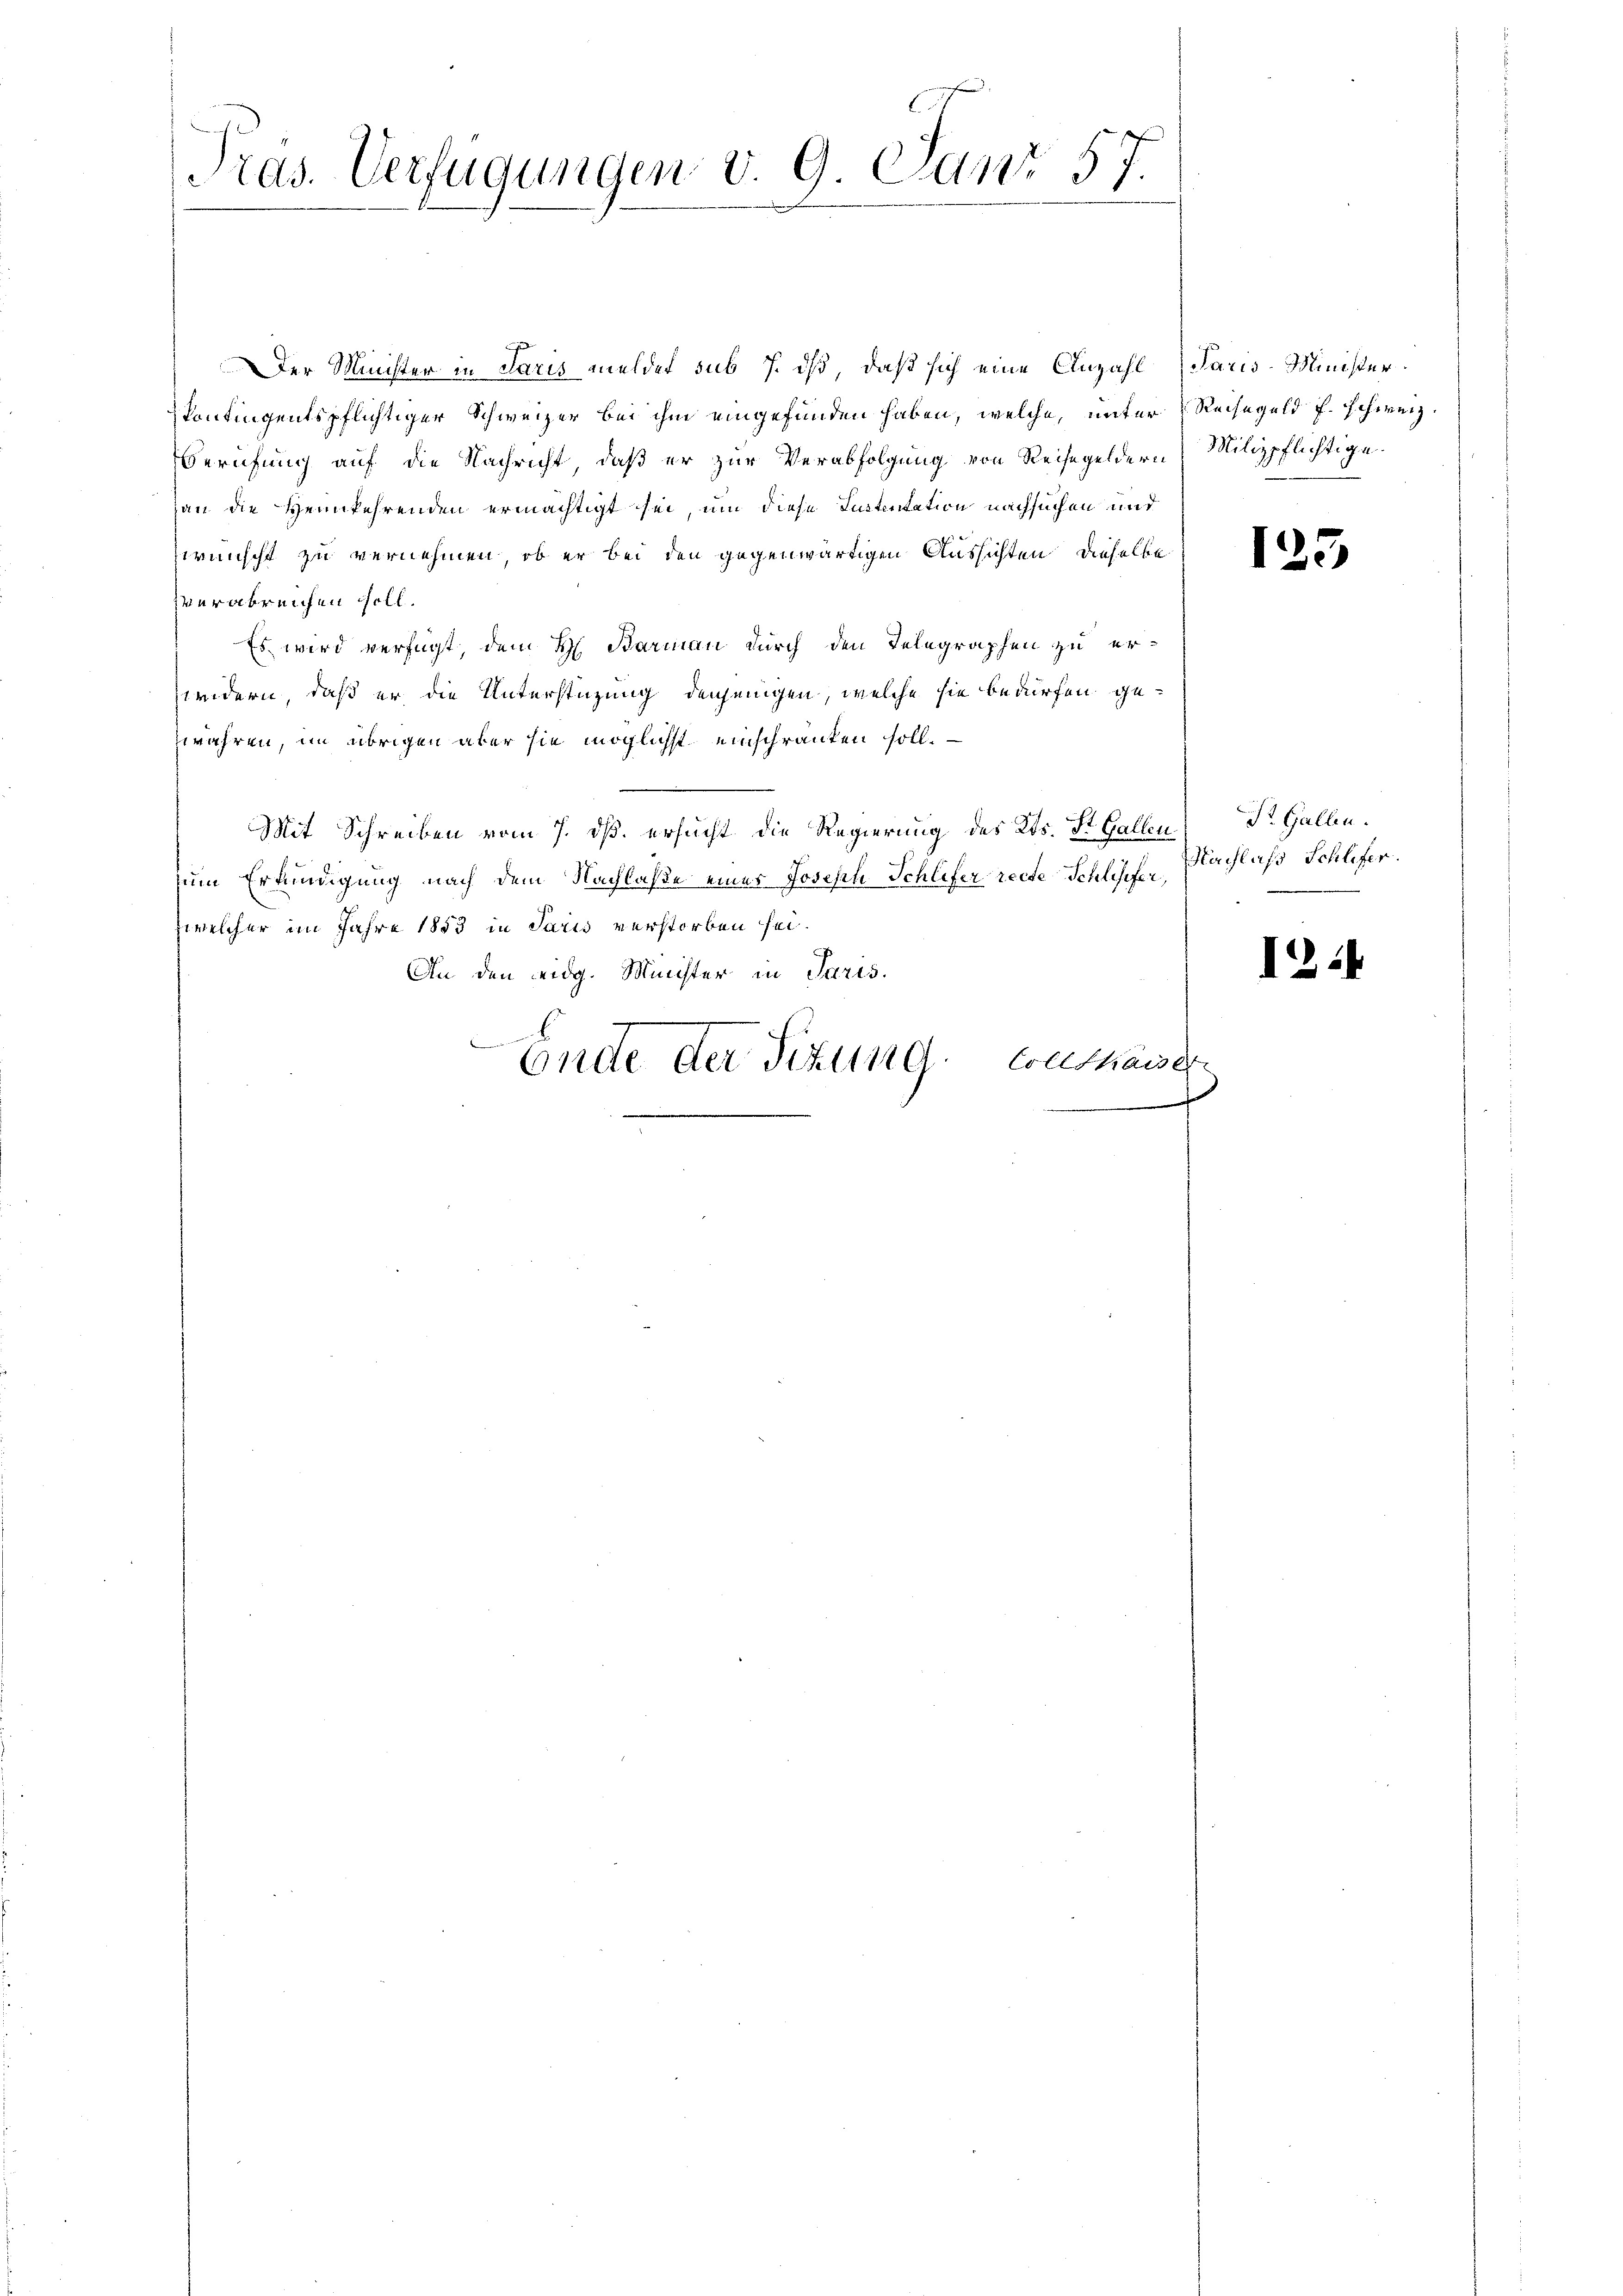
Pras. Verfügungen v. 9. Janr 57.

Der Minister in daris melder sub 7. dß, daß sich eine Anzahl Paris-Minister
skontingentspflichtiger Schweizer bei ihm eingefunden haben, welche, unter Reisegeld f. schweiz.
Berufung auf die Nachricht, daß er zur Verabfolgung von Reisegeldern Milizpflichtige
an die Heimkehrenden ermächtigt sei, um diese Intentation nachsuchen und
wünscht zu vernehmen, ob er bei den gegenwärtigen Aussichten, dieselbe
verabreichen soll.
Es wird verfügt, dem H. Barmann durch den Telegraphen zu erwidern, daß er die Unterstüzung denjenigen, welche sie bedürfen gezwahren, im übrigen aber sie möglichst einschränken soll.
Mit Schreiben vom 7. ds. ersucht die Regierung des Kts. St. Gallenzum Erkundigung nach dem Nachlaße eines Joseph Schlifer recte Schlesifer,
welcher im Jahre 1853 in Paris verstorben sei.
An den Leidg. Minister in Paris.
x
Endte der Fitting Coelthaiser

123

St. Gallen.
Nachlaß Schlifer.

1244